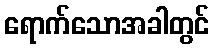
ရောက်သောအခါတွင်